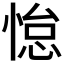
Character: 𫺭